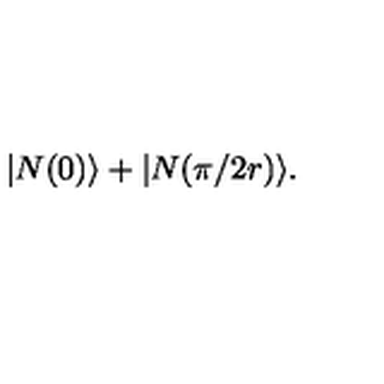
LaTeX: | N ( 0 ) \rangle + | N ( \pi / 2 r ) \rangle .